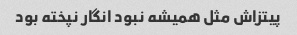
پیتزاش مثل همیشه نبود انگار نپخته بود